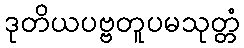
ဒုတိယပဗ္ဗတူပမသုတ္တံ